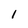
Character: 1